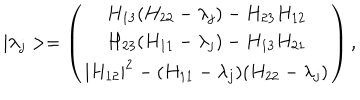
LaTeX: | \lambda _ { j } > = \left( \begin{array} { c } { { H _ { 1 3 } ( H _ { 2 2 } - \lambda _ { j } ) - H _ { 2 3 } H _ { 1 2 } } } \\ { { H _ { 2 3 } ( H _ { 1 1 } - \lambda _ { j } ) - H _ { 1 3 } H _ { 2 1 } } } \\ { { | H _ { 1 2 } | ^ { 2 } - ( H _ { 1 1 } - \lambda _ { j } ) ( H _ { 2 2 } - \lambda _ { j } ) } } \\ \end{array} \right) ,